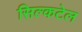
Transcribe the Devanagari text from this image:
सिल्कटेल